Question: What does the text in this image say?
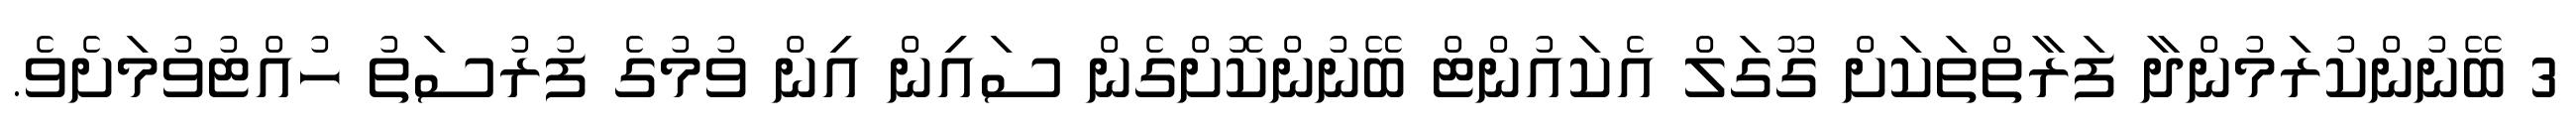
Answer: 3 ބޭނުންކުރަމުންދާ ފަރާތްތަކަށް ގޫގަލް އެކައުންޓް ބޭނުންކޮށްގެން ސައިން އިން ވުމުގެ ފުރުސަތު ހުއްޓުވުމަށެވެ.